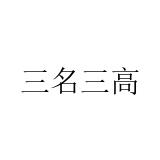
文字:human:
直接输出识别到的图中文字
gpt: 三名三高